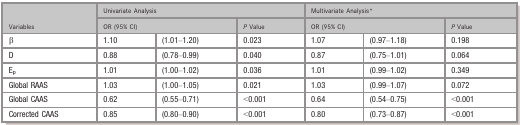
<table><thead><tr><td rowspan="2"><b>Variables</b></td><td colspan="3"><b>Univariate Analysis</b></td><td colspan="3"><b>Multivariate Analysisa</b></td></tr><tr><td colspan="2"><b>OR (95% CI)</b></td><td><b><i>P</i> Value</b></td><td colspan="2"><b>OR (95% CI)</b></td><td><b><i>P</i> Value</b></td></tr></thead><tbody><tr><td>β</td><td>1.10</td><td>(1.01–1.20)</td><td>0.023</td><td>1.07</td><td>(0.97–1.18)</td><td>0.198</td></tr><tr><td>D</td><td>0.88</td><td>(0.78–0.99)</td><td>0.040</td><td>0.87</td><td>(0.75–1.01)</td><td>0.064</td></tr><tr><td>E<sub>p</sub></td><td>1.01</td><td>(1.00–1.02)</td><td>0.036</td><td>1.01</td><td>(0.99–1.02)</td><td>0.349</td></tr><tr><td>Global RAAS</td><td>1.03</td><td>(1.00–1.05)</td><td>0.021</td><td>1.03</td><td>(0.99–1.07)</td><td>0.072</td></tr><tr><td>Global CAAS</td><td>0.62</td><td>(0.55–0.71)</td><td>&lt;0.001</td><td>0.64</td><td>(0.54–0.75)</td><td>&lt;0.001</td></tr><tr><td>Corrected CAAS</td><td>0.85</td><td>(0.80–0.90)</td><td>&lt;0.001</td><td>0.80</td><td>(0.73–0.87)</td><td>&lt;0.001</td></tr></tbody></table>